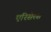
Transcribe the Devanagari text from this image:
एरिसेरस